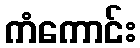
ကံကောင်း